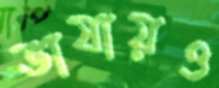
ভাষায়ও